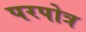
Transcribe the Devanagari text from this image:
परपोत्र